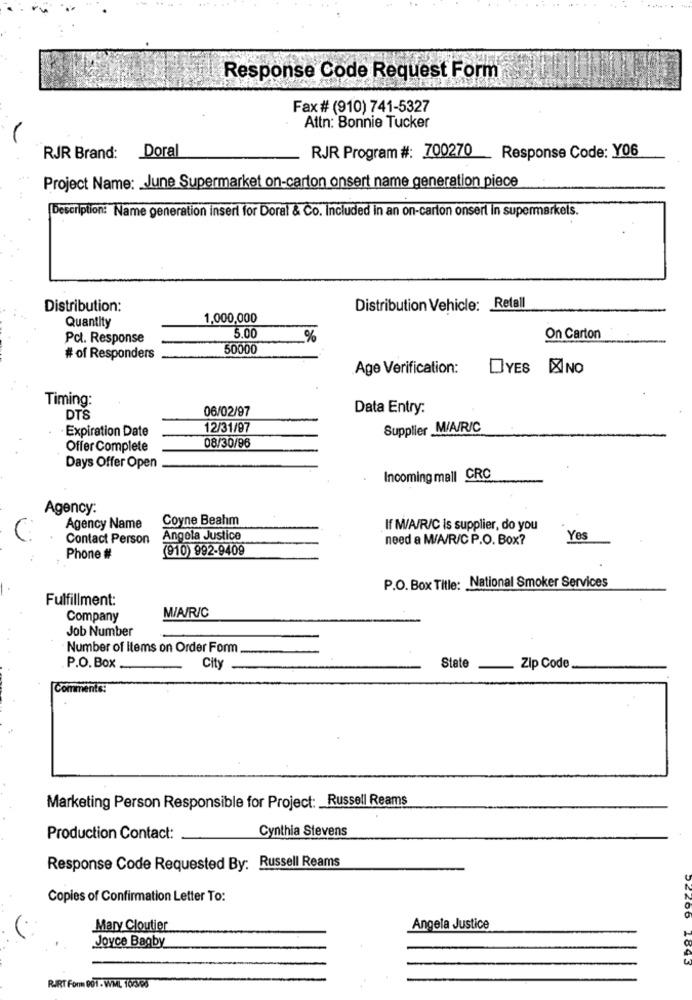
Response Code Request Form
Fax # (910) 741-5327
Attn: Bonnie Tucker
RJR Brand: Doral
RJR Program #: 700270
Response Code: Y06
Project Name: June Supermarket on-carton onsert name generation piece
Description: Name generation inseri for Doral & Co. Included in an on-carton onserl in supermarkets.
Distribution:
Distribution Vehicle: Retall
Quantity
1,000,000
Pct. Response
5.00
%
On Carton
50000
# of Responders
Age Verification:
DYES XINO
Timing:
06/02/97
Data Entry:
DTS
Expiration Date
12/31/97
Supplier M/A/R/C
08/30/96
Offer Complete
Days Offer Open
Incoming mall CRC
Agency:
Coyne Beahm
Agency Name
If M/A/R/C is supplier, do you
Contact Person
Angola Justice
need a M/A/R/C P.O. Box?
Yes
(910) 992-9409
Phone #
P.O. Box Title: National Smoker Services
Fulfillment:
M/A/R/C
Company
Job Number
Number of Items on Order Form
P.O. Box
City
State
Zip Code
Comments:
Marketing Person Responsible for Project: Russell Reams
Cynthia Stevens
Production Contact:
Response Code Requested By: Russell Reams
Copies of Confirmation Letter To:
Mary Cloutier
Angela Justice
Joyce Bagby
RART Form 001 - WML 100/90